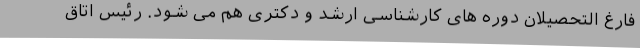
فارغ التحصیلان دوره های کارشناسی ارشد و دکتری هم می شود. رئیس اتاق